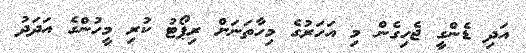
އަދި ޑެންގީ ޖެހިގެން މި އަހަރުގެ މިހާތަނަށް ރިޕޯޓު ކުރި މީހުންގެ އަދަދު